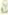
Po